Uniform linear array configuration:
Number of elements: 48
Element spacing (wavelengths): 0.5
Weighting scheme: binomial
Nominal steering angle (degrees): -60
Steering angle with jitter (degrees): -58.182
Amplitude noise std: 0.05
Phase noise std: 0.05

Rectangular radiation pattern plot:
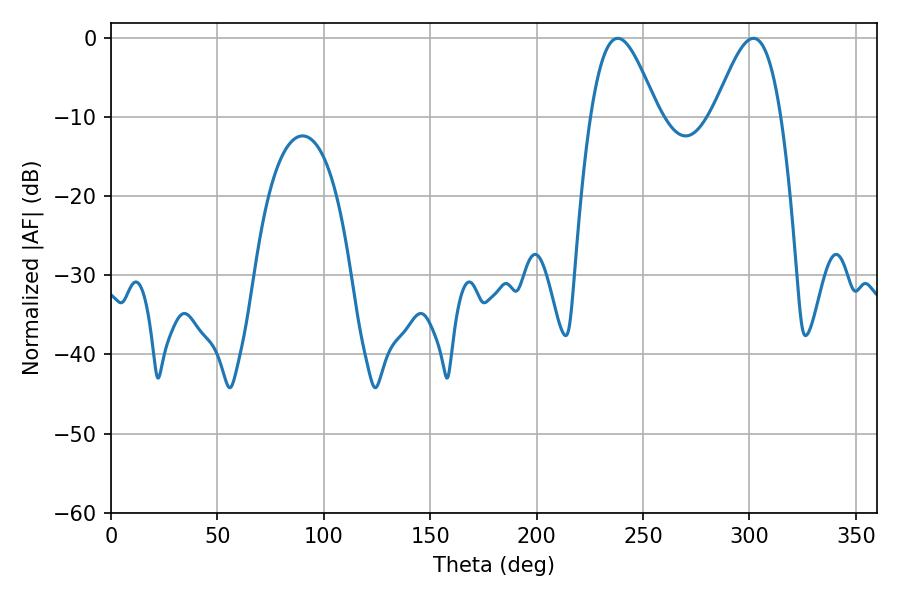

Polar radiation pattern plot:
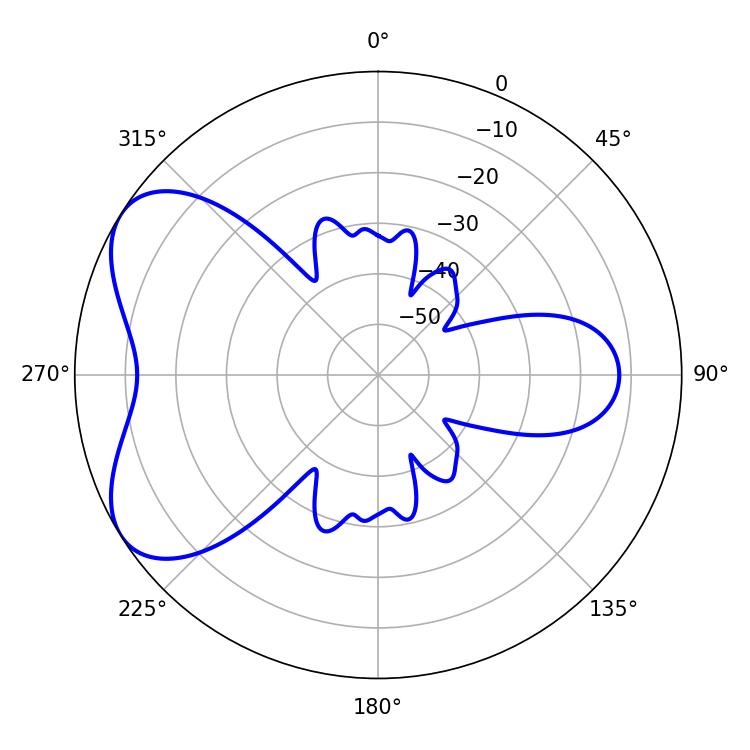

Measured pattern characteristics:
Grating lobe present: FALSE
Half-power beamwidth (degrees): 16.74
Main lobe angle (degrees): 238.14